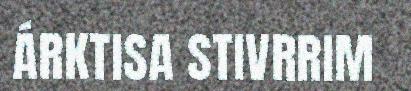
ÁRKTISA STIVRRIM